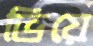
ভিয়ে